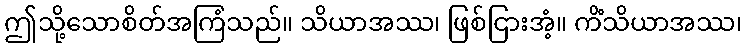
ဤသို့သောစိတ်အကြံသည်။ သိယာအဿ၊ ဖြစ်ငြားအံ့။ ကိံသိယာအဿ၊